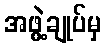
အဖွဲ့ချုပ်မှ